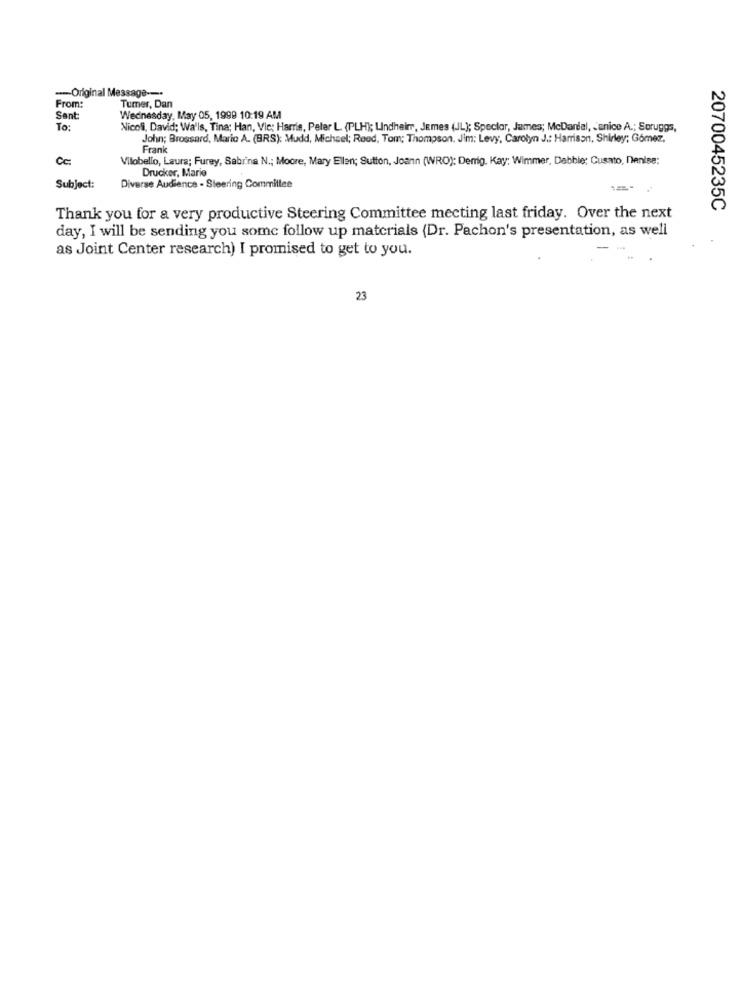
--- Original Message ---
From:
Tumer, Dan
Sent
Wednesday, May 05, 1999 10:19 AM
To:
Nicoli, David; Wa'ls, Tina; Han, Vie: Harris, Peler L. (PLH); Lindheim, Jemes (JL); Spector, James; McDaniel, Janice A .; Soruggs,
John; Brossard, Mario A. (BRS): Mudd, Michael; Reed, Tom; Thompson, Jim; Levy, Carolyn J .: Harrison, Shirley; Gómez,
Frank
Cc:
Vilobello, Laura; Furey, Sabrina N .; Moore, Mary Ellen; Sutton, Joann (WRO): Derg. Kay; Wimmer, Debbie: Cusato, Denise:
Drucker, Marie
Subject:
Diverse Audience - Steering Committee
2070045235C
Thank you for a very productive Steering Committee meeting last friday. Over the next
day, I will be sending you some follow up materials (Dr. Pachon's presentation, as well
as Joint Center research) I promised to get to you.
23